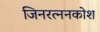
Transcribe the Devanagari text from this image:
जिनरत्ननकोश